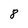
Character: 8